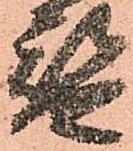
替